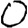
Digit: 0